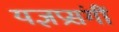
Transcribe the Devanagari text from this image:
यज्ञप्रसंगीं